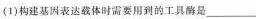
(1)构建基因表达载体时需要用到的工具酶是___